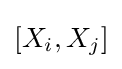
[X_{i},X_{j}]